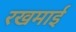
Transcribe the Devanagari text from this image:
रखमाई